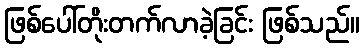
ဖြစ်ပေါ်တိုးတက်လာခဲ့ခြင်း ဖြစ်သည်။